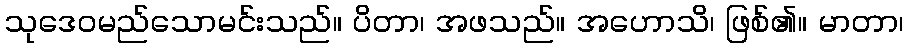
သုဒေဝမည်သောမင်းသည်။ ပိတာ၊ အဖသည်။ အဟောသိ၊ ဖြစ်၏။ မာတာ၊